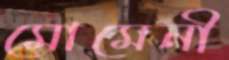
মোমেনী